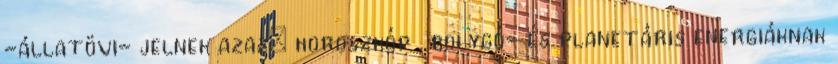
-állatövi- jelnek azaz: horoszkóp , bolygó- és planetáris energiáknak